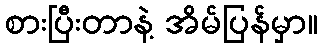
စားပြီးတာနဲ့ အိမ်ပြန်မှာ။